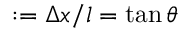
: = \Delta x / l = \tan \theta